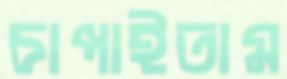
চাপাইতাম